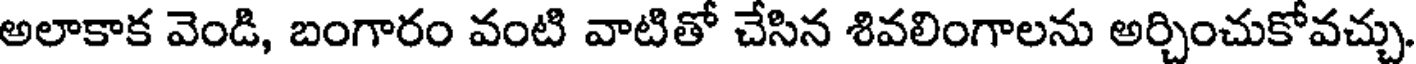
అలాకాక వెండి, బంగారం వంటి వాటితో చేసిన శివలింగాలను అర్చించుకోవచ్చు